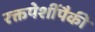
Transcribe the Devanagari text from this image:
रक्तपेशींपैकी